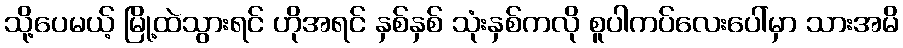
သို့ပေမယ့် မြို့ထဲသွားရင် ဟိုအရင် နှစ်နှစ် သုံးနှစ်ကလို စူပါကပ်လေးပေါ်မှာ သားအမိ